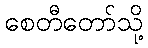
စေတီတော်သို့